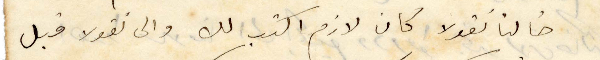
خالنا نقولا كان لازم اكتب لك والى نقولا قبل